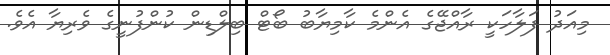
މިއަދު ފަލާހަކީ ރާއްޖޭގެ އެންމެ ކާމިޔާބު ބޯޓް ބިލްޑިން ކުންފުނީގެ ވެރިޔާ އެވެ.